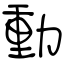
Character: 動